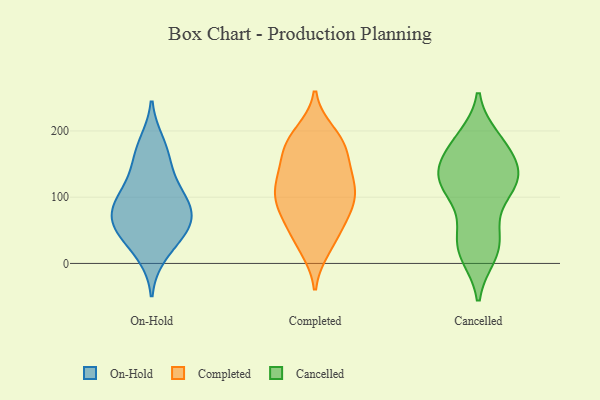
{"axis": {"x": "Latency (ms)", "y": "Value"}, "legend": ["Cancelled", "Completed", "On-Hold"], "data": [{"x": "", "y": 182, "type": "On-Hold"}, {"x": "", "y": 40, "type": "On-Hold"}, {"x": "", "y": 55, "type": "On-Hold"}, {"x": "", "y": 91, "type": "On-Hold"}, {"x": "", "y": 97, "type": "On-Hold"}, {"x": "", "y": 13, "type": "On-Hold"}, {"x": "", "y": 137, "type": "On-Hold"}, {"x": "", "y": 105, "type": "On-Hold"}, {"x": "", "y": 162, "type": "On-Hold"}, {"x": "", "y": 62, "type": "On-Hold"}, {"x": "", "y": 56, "type": "On-Hold"}, {"x": "", "y": 78, "type": "On-Hold"}, {"x": "", "y": 197, "type": "Completed"}, {"x": "", "y": 110, "type": "Completed"}, {"x": "", "y": 101, "type": "Completed"}, {"x": "", "y": 176, "type": "Completed"}, {"x": "", "y": 77, "type": "Completed"}, {"x": "", "y": 85, "type": "Completed"}, {"x": "", "y": 58, "type": "Completed"}, {"x": "", "y": 191, "type": "Completed"}, {"x": "", "y": 116, "type": "Completed"}, {"x": "", "y": 23, "type": "Completed"}, {"x": "", "y": 47, "type": "Completed"}, {"x": "", "y": 81, "type": "Completed"}, {"x": "", "y": 179, "type": "Completed"}, {"x": "", "y": 28, "type": "Completed"}, {"x": "", "y": 160, "type": "Completed"}, {"x": "", "y": 135, "type": "Completed"}, {"x": "", "y": 130, "type": "Completed"}, {"x": "", "y": 175, "type": "Completed"}, {"x": "", "y": 98, "type": "Completed"}, {"x": "", "y": 129, "type": "Completed"}, {"x": "", "y": 110, "type": "Cancelled"}, {"x": "", "y": 32, "type": "Cancelled"}, {"x": "", "y": 158, "type": "Cancelled"}, {"x": "", "y": 188, "type": "Cancelled"}, {"x": "", "y": 183, "type": "Cancelled"}, {"x": "", "y": 183, "type": "Cancelled"}, {"x": "", "y": 120, "type": "Cancelled"}, {"x": "", "y": 58, "type": "Cancelled"}, {"x": "", "y": 15, "type": "Cancelled"}, {"x": "", "y": 175, "type": "Cancelled"}, {"x": "", "y": 114, "type": "Cancelled"}, {"x": "", "y": 115, "type": "Cancelled"}, {"x": "", "y": 131, "type": "Cancelled"}, {"x": "", "y": 120, "type": "Cancelled"}, {"x": "", "y": 44, "type": "Cancelled"}, {"x": "", "y": 19, "type": "Cancelled"}, {"x": "", "y": 131, "type": "Cancelled"}, {"x": "", "y": 138, "type": "Cancelled"}, {"x": "", "y": 148, "type": "Cancelled"}, {"x": "", "y": 13, "type": "Cancelled"}]}